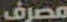
مصرف